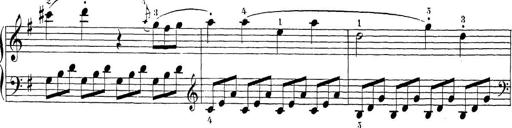
Title: Sonatina Album
Composer: Louis KÃ¶hler